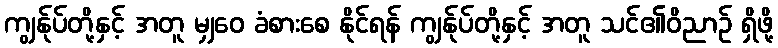
ကျွန်ုပ်တို့နှင့် အတူ မျှဝေ ခံစားစေ နိုင်ရန် ကျွန်ုပ်တို့နှင့် အတူ သင်၏ဝိညာဉ် ရှိဖို့